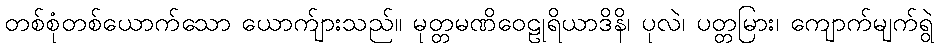
တစ်စုံတစ်ယောက်သော ယောက်ျားသည်။ မုတ္တမဏိဝေဠုရိယာဒိနိ၊ ပုလဲ၊ ပတ္တမြား၊ ကျောက်မျက်ရွဲ